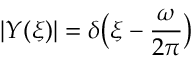
| Y ( \xi ) | = \delta \big ( \xi - \frac { \omega } { 2 \pi } \big )